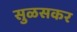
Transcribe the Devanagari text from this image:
सुळसकर